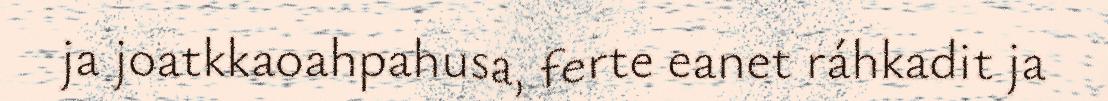
ja joatkkaoahpahusa, ferte eanet ráhkadit ja